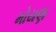
મોયણ